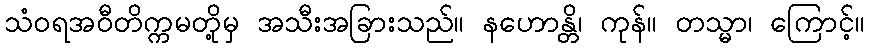
သံဝရအဝီတိက္ကမတို့မှ အသီးအခြားသည်။ နဟောန္တိ၊ ကုန်။ တသ္မာ၊ ကြောင့်။